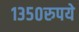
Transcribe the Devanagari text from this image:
१३५०रुपये